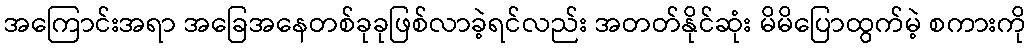
အကြောင်းအရာ အခြေအနေတစ်ခုခုဖြစ်လာခဲ့ရင်လည်း အတတ်နိုင်ဆုံး မိမိပြောထွက်မဲ့ စကားကို